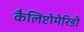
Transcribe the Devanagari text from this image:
कैलिप्टोमेरिडी